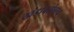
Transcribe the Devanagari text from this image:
खंडांबरोबरच